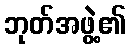
ဘုတ်အဖွဲ့၏